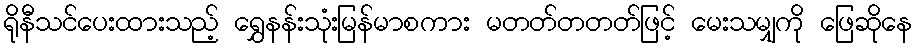
ရိုနီသင်ပေးထားသည့် ရွှေနန်းသုံးမြန်မာစကား မတတ်တတတ်ဖြင့် မေးသမျှကို ဖြေဆိုနေ